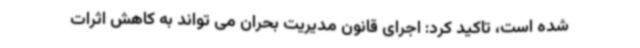
شده است، تاکید کرد: اجرای قانون مدیریت بحران می تواند به کاهش اثرات